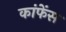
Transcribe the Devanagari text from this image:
कांफेंस